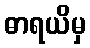
ဓာရယိမှ